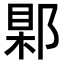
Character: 𨜑